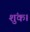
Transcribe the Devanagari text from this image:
शुंक।